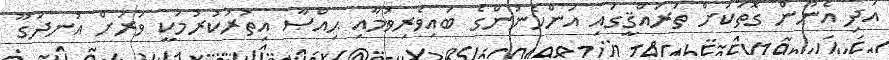
އަދި އެނޫން ގޮތަކަށް ތަރައްޤީގައި އަންހެނުންގެ ބައިވެރިވުމާއި ޙިއްޞާ އިތުރުކުރުމަކީ ވަރަށް އުނދަގޫ